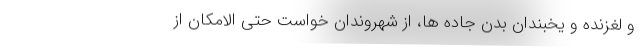
و لغزنده و یخبندان بدن جاده ها، از شهروندان خواست حتی الامکان از